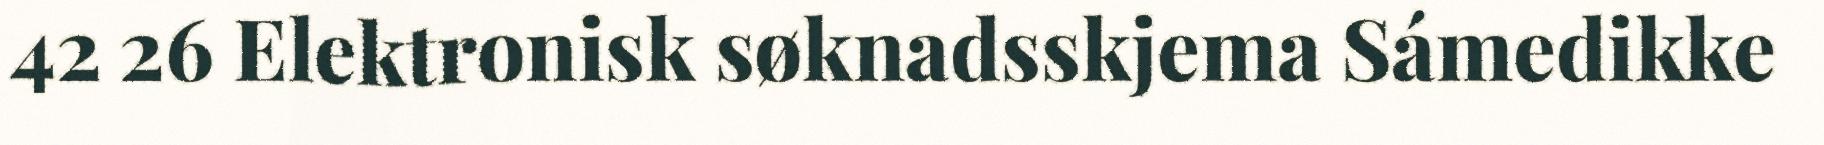
42 26 Elektronisk søknadsskjema Sámedikke